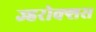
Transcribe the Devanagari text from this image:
ज्हरोक्शस